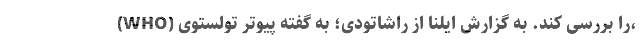
(WHO) را بررسی کند. به گزارش ایلنا از راشاتودی؛ به گفته پیوتر تولستوی،